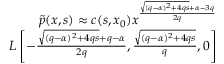
\begin{array} { r l r } & { } & { \tilde { p } ( x , s ) \approx c ( s , x _ { 0 } ) x ^ { \frac { \sqrt { ( q - \alpha ) ^ { 2 } + 4 q s } + \alpha - 3 q } { 2 q } } } \\ & { } & { L \left[ - \frac { \sqrt { ( q - \alpha ) ^ { 2 } + 4 q s } + q - \alpha } { 2 q } , \frac { \sqrt { ( q - \alpha ) ^ { 2 } + 4 q s } } { q } , 0 \right] } \end{array}